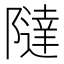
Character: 𱀷